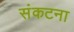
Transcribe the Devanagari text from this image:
संकटना